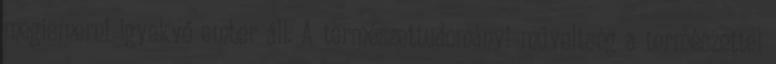
megismerni igyekvő ember áll. A természettudományi műveltség a természettel